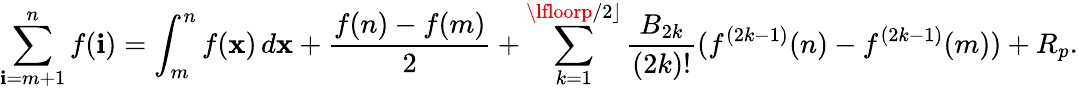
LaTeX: \sum_{\mathbf{i}=m+1}^{n}f(\mathbf{i})=\int_{m}^{n}f(\mathbf{x})\, d\mathbf{x}+{\frac{{f(n)-f(m)}}{{2}}}+\sum_{k=1}^{\lfloorp/2\rfloor}{\frac{{B_{2k}}}{{(2k)!}}}(f^{(2k-1)}(n)-f^{(2k-1)}(m))+R_{p}.